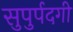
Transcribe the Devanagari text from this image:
सुपुर्पदगी